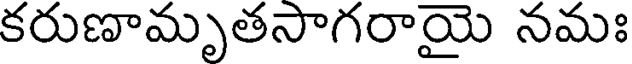
కరుణామృతసాగరాయై నమః